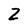
Character: Z